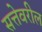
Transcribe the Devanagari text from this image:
सत्तेवरील